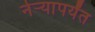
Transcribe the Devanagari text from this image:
नेऱ्यापर्यंत